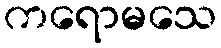
ကရောမသေ